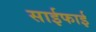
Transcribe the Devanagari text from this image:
साईफाई